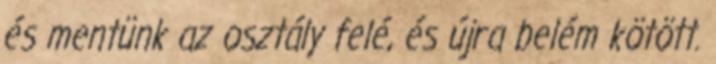
és mentünk az osztály felé, és újra belém kötött.